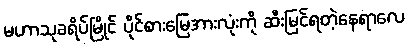
မဟာသုခရိပ်မြိုင် ပိုင်စားမြေအားလုံးကို ဆီးမြင်ရတဲ့နေရာလေ